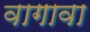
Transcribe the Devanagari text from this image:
वागावा